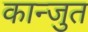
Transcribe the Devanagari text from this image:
कान्जुत